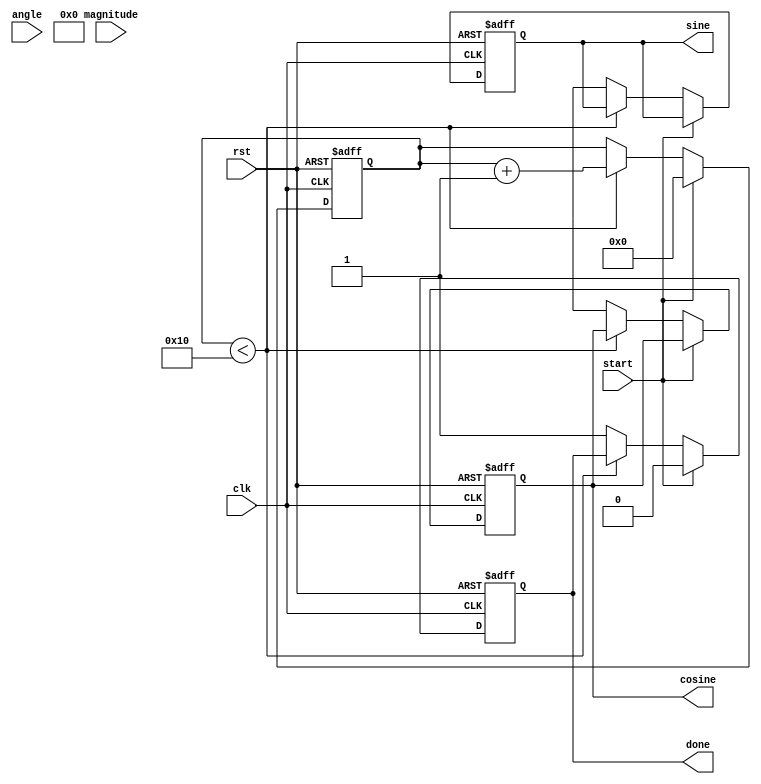
module cordic (
    input wire clk,
    input wire rst,
    input wire [15:0] angle, // Fixed-point angle input (in radians)
    input wire [15:0] magnitude, // Fixed-point magnitude input
    input wire start, // Start signal for computation
    output reg [15:0] cosine, // Cosine output
    output reg [15:0] sine, // Sine output
    output reg done // Done signal
);

    // Parameters
    parameter NUM_ITERATIONS = 16; // Number of iterations for CORDIC
    parameter K = 16'h26DD; // Scaling factor (K = 1/sqrt(1 + 2^(-2i))) for i = 0 to NUM_ITERATIONS-1

    // Internal registers
    reg [15:0] x [0:NUM_ITERATIONS-1]; // x values
    reg [15:0] y [0:NUM_ITERATIONS-1]; // y values
    reg [15:0] z [0:NUM_ITERATIONS-1]; // angle values
    reg [3:0] iteration; // Current iteration count
    reg [15:0] atan_table [0:NUM_ITERATIONS-1]; // Lookup table for atan(2^-i)

    // Initialize atan table
    initial begin
        atan_table[0] = 16'h2000; // atan(1) = pi/4
        atan_table[1] = 16'h1000; // atan(1/2) = pi/6
        atan_table[2] = 16'h0800; // atan(1/4) = pi/12
        atan_table[3] = 16'h0400; // atan(1/8) = pi/24
        // Continue filling the table for more iterations...
    end

    // State machine for CORDIC computation
    always @(posedge clk or posedge rst) begin
        if (rst) begin
            iteration <= 0;
            cosine <= 0;
            sine <= 0;
            done <= 0;
        end else if (start) begin
            // Initialize values
            x[0] <= magnitude; // Initial x = magnitude
            y[0] <= 0; // Initial y = 0
            z[0] <= angle; // Initial angle
            iteration <= 0;
            done <= 0;
        end else if (iteration < NUM_ITERATIONS) begin
            // CORDIC rotation logic
            if (z[iteration] < 0) begin
                // Rotate clockwise
                x[iteration + 1] <= x[iteration] + (y[iteration] >> iteration);
                y[iteration + 1] <= y[iteration] - (x[iteration] >> iteration);
                z[iteration + 1] <= z[iteration] + atan_table[iteration];
            end else begin
                // Rotate counterclockwise
                x[iteration + 1] <= x[iteration] - (y[iteration] >> iteration);
                y[iteration + 1] <= y[iteration] + (x[iteration] >> iteration);
                z[iteration + 1] <= z[iteration] - atan_table[iteration];
            end
            iteration <= iteration + 1;
        end else begin
            // Final output after last iteration
            cosine <= (x[NUM_ITERATIONS] * K) >> 15; // Scale by K
            sine <= (y[NUM_ITERATIONS] * K) >> 15; // Scale by K
            done <= 1; // Indicate completion
        end
    end

endmodule